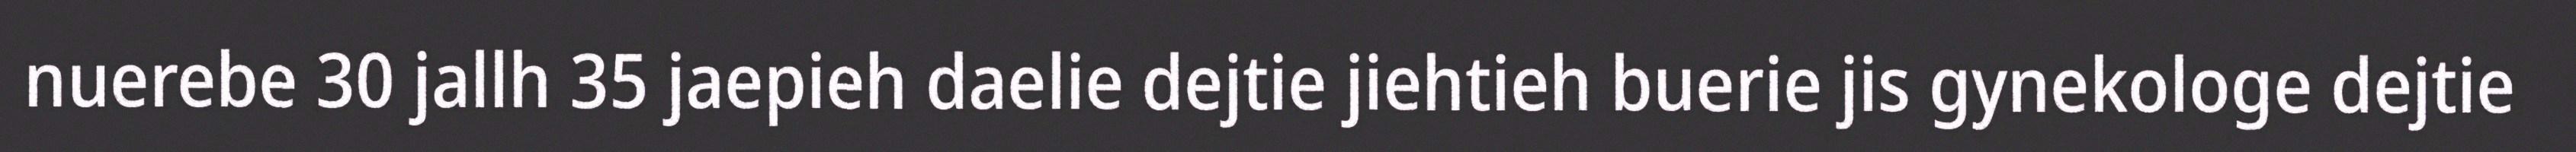
nuerebe 30 jallh 35 jaepieh daelie dejtie jiehtieh buerie jis gynekologe dejtie